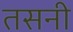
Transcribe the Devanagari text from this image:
तसनी